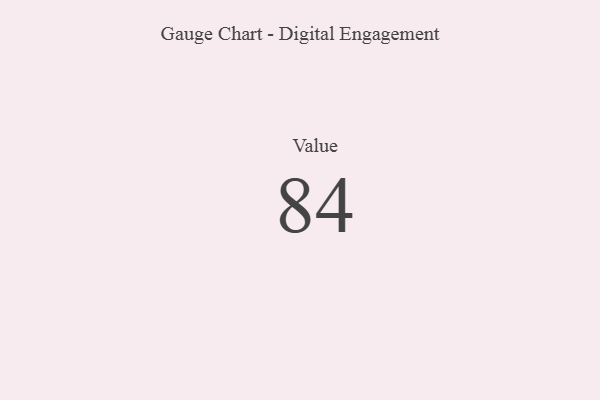
{"axis": {"x": "Metric", "y": "Value"}, "legend": [""], "data": [{"x": "Value", "y": 84, "type": ""}]}